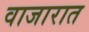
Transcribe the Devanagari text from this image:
वाजारात